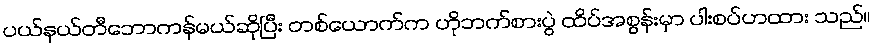
ပယ်နယ်တီဘောကန်မယ်ဆိုပြီး တစ်ယောက်က ဟိုဘက်စားပွဲ ထိပ်အစွန်းမှာ ပါးစပ်ဟထား သည်။